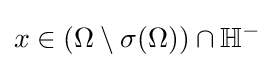
x\in (\Omega \setminus \sigma (\Omega ))\cap \mathbb {H} ^{-}